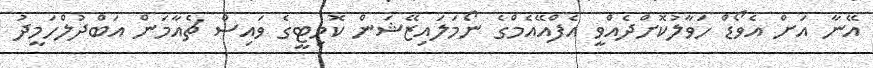
އޭނާ އަށް އެވޯޑް ހަވާލުކޮށްދެއްވީ އެފްއޭއެމްގެ ނޯމަލައިޒޭޝަން ކޮމިޓީގެ ވައިސް ޗެއާމަން އަބްދުލްހަމީދު